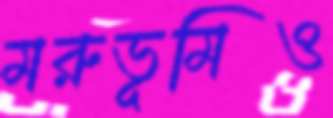
মরুভূমিও